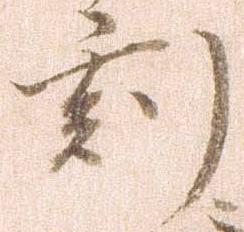
刻